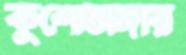
কুশোডাঙ্গায়